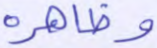
وظاهره